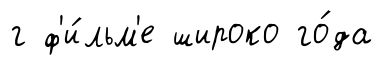
г ф'и́льм'е широко го́да